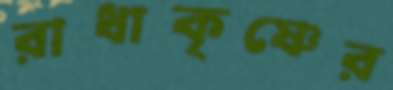
রাধাকৃষ্ণের